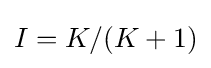
I=K/(K+1)